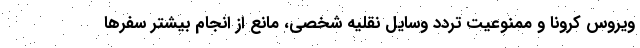
ویروس کرونا و ممنوعیت تردد وسایل نقلیه شخصی، مانع از انجام بیشتر سفرها